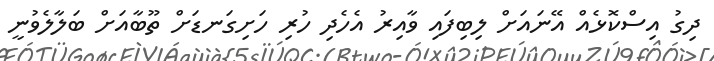
ދިގު އިސްކޮޅެއް އޭނައަށް ލިބިފައި ވާއިރު އެހެދި ހުރި ހަށިގަނޑަށް ތޫބާއަށް ބަލާލެވުނީ